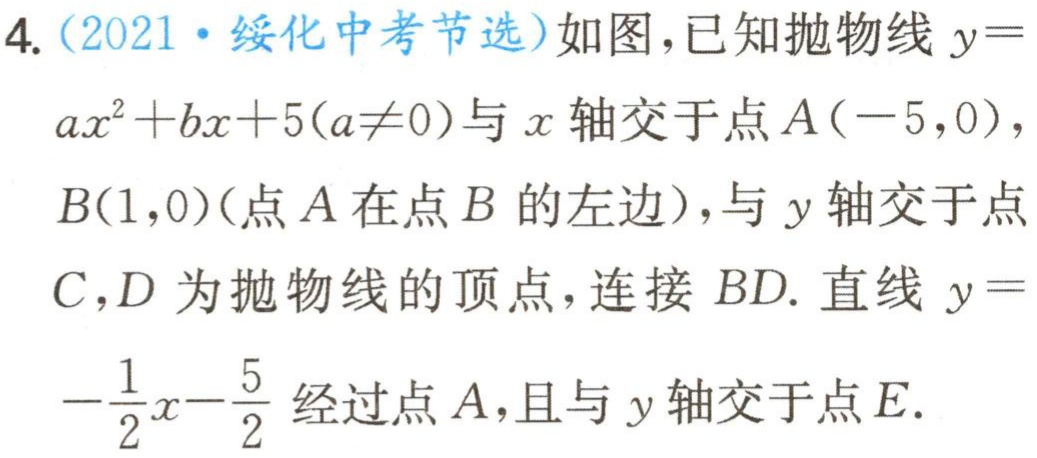
4.（2021·绥化中考节选）如图，已知抛物线\(y = ax^{2}+bx + 5(a\neq0)\)与\(x\)轴交于点\(A(-5,0)\)，\(B(1,0)\)（点\(A\)在点\(B\)的左边），与\(y\)轴交于点\(C\)，\(D\)为抛物线的顶点，连接\(BD\). 直线\(y = -\frac{1}{2}x-\frac{5}{2}\)经过点\(A\)，且与\(y\)轴交于点\(E\).